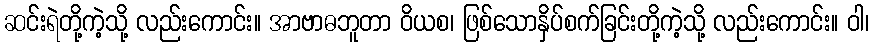
ဆင်းရဲတို့ကဲ့သို့ လည်းကောင်း။ အာဗာဓဘူတာ ဝိယစ၊ ဖြစ်သောနှိပ်စက်ခြင်းတို့ကဲ့သို့ လည်းကောင်း။ ဝါ၊